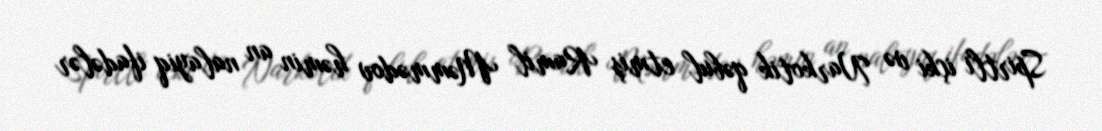
Spirtli içki və Narkotik qəbul etmiş Ramil Məmmədov həmin an nalayiq ifadələr